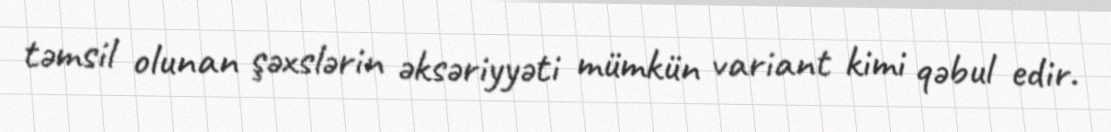
təmsil olunan şəxslərin əksəriyyəti mümkün variant kimi qəbul edir.